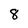
Character: 8